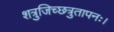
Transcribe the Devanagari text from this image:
शत्रुजिच्छत्रुतापनः।